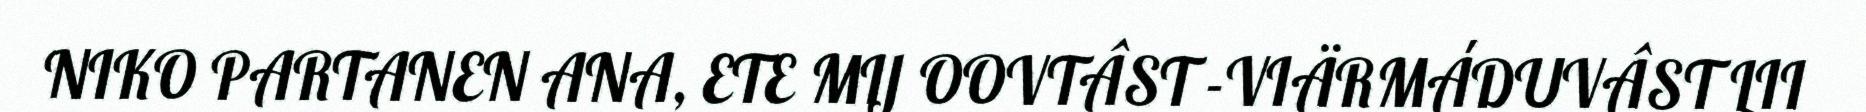
NIKO PARTANEN ANA, ETE MIJ OOVTÂST -VIÄRMÁDUVÂST LII